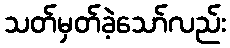
သတ်မှတ်ခဲ့သော်လည်း